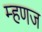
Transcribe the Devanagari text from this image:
म्हणज